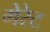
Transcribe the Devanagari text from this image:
गेरेट